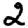
Digit: 2